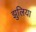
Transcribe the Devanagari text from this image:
झुलिया